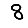
Digit: 8